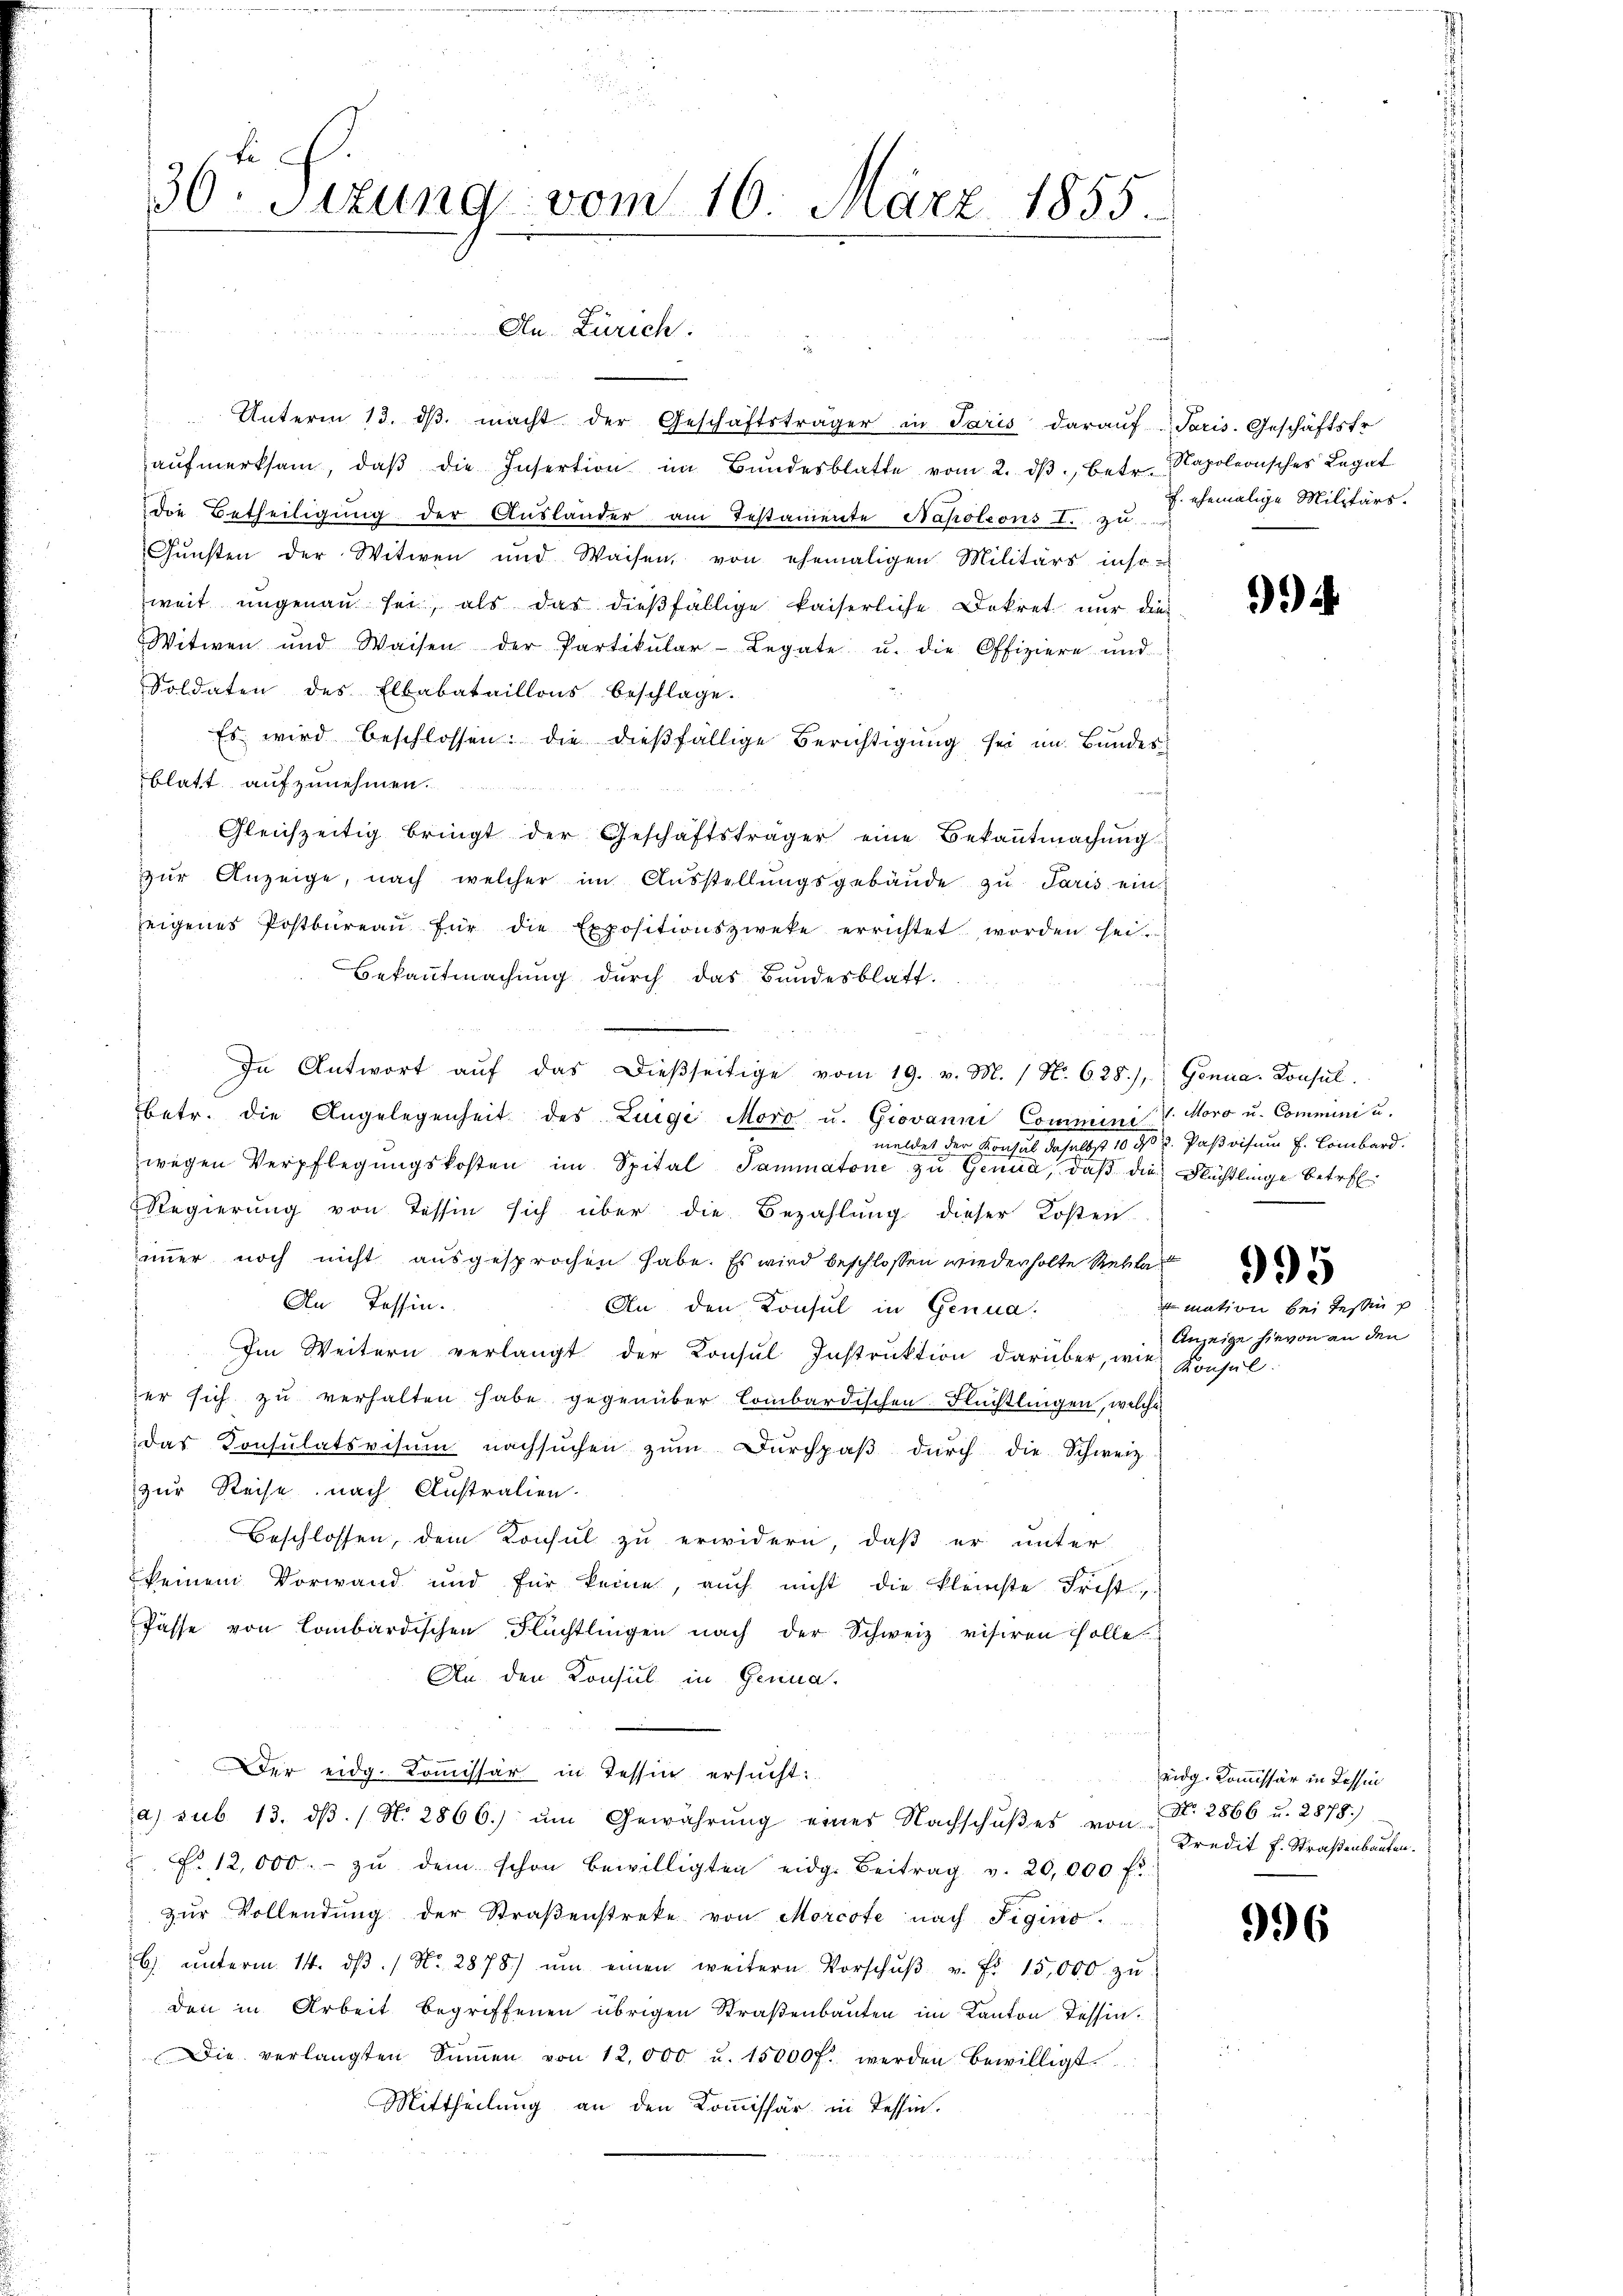
36 Sizung vom 16. März 1855.
An
Zürich.

aŭfmerksam, daβ die Insertion im Bŭndesblatte vom 2. dβ betr. Napoleonisches Legat
die Betheiligung der Auslander am Testamente Napoleons I. zu u. ehemalige Militärs.
Gŭnsten der Witwen und Waisen, von ehemaligen Militärs inso-
weit ŭngenaŭ sei, als das dieβfällige kaiserliche Dekret nur dies
Witwen und Waisen der Partikular-Legate u. die Offiziere und
Soldaten des Elbabataillons beschlage.
Es wird beschlossen: die dießfällige Berichtigung sei im Bundesblatt aufzunehmen.
Gleichzeitig bringt der Geschäftsträger eine Bekanntmachung
zŭr Anzeige, nach welcher im Aŭsstellŭngsgebäŭde zu Paris ein
zeigenes Postbüreaŭ für die Expositionszweke errichtet worden sei.
Bekanntmachung durch das Bundesblatt.
In Antwort aŭf das dießseitige vom 19. v. M. (N. 625.) Genua. Konsul
betr. die Angelegenheit des Luigi Mord u. Giovanne Commini v. Moro u. Commini u.
meldet der Konsul daselbst 10 dß u. Paßvisum H. Lombard.
wegen Verpflegungskosten im Spital Tammatone zu Genua, daß die Flüchtlinge betref¬
Regierung von Tessin sich über die Bezahlung dieser Kosten
immer noch nicht ausgesprochen habe. Es wird beschlossen wiederholte Rekla
f
An Tessin.
An den Konsul in Genua
Im Weitern verlangt der Konsul Instruktion darüber, wie
er sich zu verhalten habe gegenüber lombardischen Flüchtlingen, welche
das Consulatsvisum nachsuchen zŭm Dŭrchpaβ dŭrch die Schweiz
zur Reise nach Australien.
Beschlossen, dem Konsul zu erwidern, daß er unter
keinem Vorwand und für keine, aŭch nicht die kleinste Frist,
Pässe von Lombardischen Flüchtlingen nach der Schweiz visiren solle.
An den Konsul in Genua,
Der eidg. Kommissär in Tessin ersucht:
a) sub. 13. dβ. / N. 2866.) ŭm Gewährŭng eines Nachschŭβes von N. 2866 u. 2878.)
F. 12,000.- zŭ dem schon bewilligten eidg. Beitrag v. 20,000 Fr.
zŭr Vollendung der Straβenstreke von Morcote nach Figino.
b ŭnterm 14. dβ. / No. 2878) ŭm einen weitern Vorschŭβ v. Fr. 15,000 zŭ
den in Arbeit begriffenen übrigen Straßenbauten im Kanton Tessin¬
Die verlangten Sŭṁen von 12,000 u. 15000 f. werden bewilligt.
Mittheilung an den Kommissär in Tessin.

Unterm 13. dβ. macht der Geschäftsträger in Paris darauf Paris. Geschäftstr

Anzeige hi

k

nhe

995
mation bei Tessin

996

in an den

eidg. Kommissär in Tessin
Kredit f. Straßenbauten.